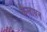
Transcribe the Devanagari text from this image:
कैलाघन